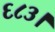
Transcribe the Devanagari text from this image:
६८३।